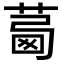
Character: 𦴛